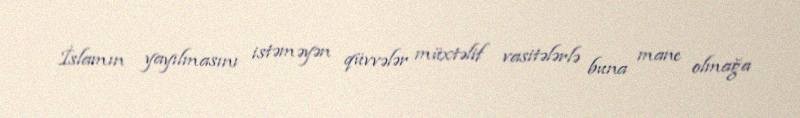
İslamın yayılmasını istəməyən qüvvələr müxtəlif vasitələrlə buna mane olmağa